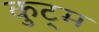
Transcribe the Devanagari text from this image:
कुट्म